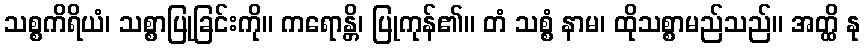
သစ္စကိရိယံ၊ သစ္စာပြုခြင်းကို။ ကရောန္တိ၊ ပြုကုန်၏။ တံ သစ္စံ နာမ၊ ထိုသစ္စာမည်သည်။ အတ္ထိ နု